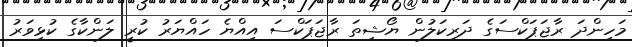
މަހިންދަ ރާޖަޕަކްސަގެ ދަރިކަލުން ޔޯޝިތަ ރާޖަޕަކްސަ އިއްޔެ ހައްޔަރު ކުރީ ލަންކާގެ ކުޅިވަރު